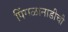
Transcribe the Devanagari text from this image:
पिंगळानाडीची